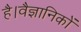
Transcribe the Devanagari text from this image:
है।वैज्ञानिकों